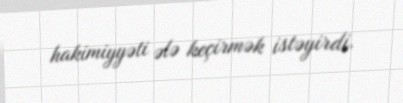
hakimiyyəti ələ keçirmək istəyirdi.